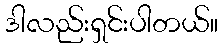
ဒါလည်းရှင်းပါတယ်။